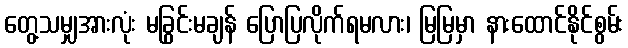
တွေ့သမျှအားလုံး မခြွင်းမချန် ပြောပြလိုက်ရမလား၊ မြမြမှာ နားထောင်နိုင်စွမ်း